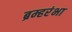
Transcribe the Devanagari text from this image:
ब्रम्हरंभा